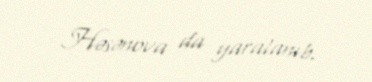
Həsənova da yaralanıb.